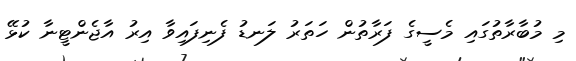
މި މުބާރާތުގައި މެސީގެ ފަރާތުން ހަތަރު ލަނޑު ފެނިފައިވާ އިރު އާޖެންޓީނާ ކުޅޭ